Civil Veterinary Department. Madras. Admin. report 1926-33 - 1926-1933
Year: 1926
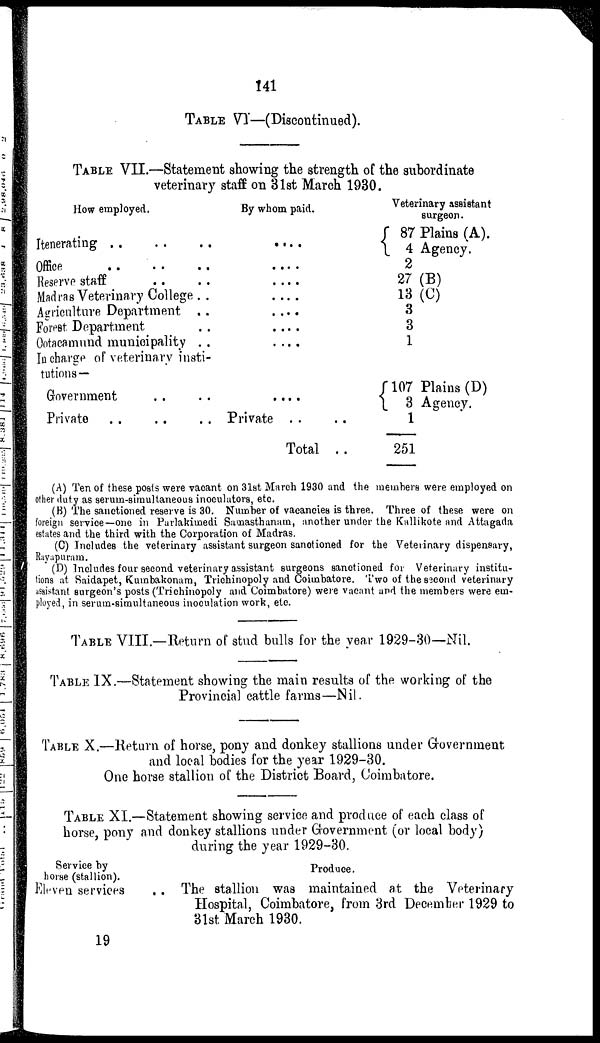
141
TABLE VI—(Discontinued).
TABLE VII.—Statement showing the strength of the subordinate
veterinary staff on 31st March 1930.
How employed.
Itenerating .. .. .. ..
Office
..
..
..
..
Reserve staff .. .. .. ..
Madras Veterinary College . .
Agriculture Department
..
Forest Department ..
Ootacamund municipality . .
In charge of veterinary insti-
tutions —
Government .. ..
Private
..
..
..
..
By whom paid.
.....
.....
.....
....
.....
.....
. .. .
....
Private .. ..
Total ..
Veterinary assistant
surgeon.
87 Plains (A).
4 Agency.
2
27 (B)
13 (C)
3
3
1
107 Plains (D)
3 Agency.
1
251
(A) Ten of these posts were vacant on 31st March 1930 and the members were employed on
other duty as serum-simultaneous inoculators, etc.
(B) The sanctioned reserve is 30. Number of vacancies is three. Three of these were on
foreign service—one in Parlakimedi Samasthanam, another under the Kallikote and Attagada
estates and the third with the Corporation of Madras.
(C) Includes the veterinary assistant surgeon sanctioned for the Veterinary dispensary,
Rayapuram.
(D) Includes four second veterinary assistant surgeons sanctioned for Veterinary institu-
tions at Saidapet, Kumbakonam, Trichinopoly and Coimbatore. Two of the second veterinary
assistant surgeon's posts (Trichinopoly and Coimbatore) were vacant and the members were em-
ployed, in serum-simultaneous inoculation work, etc.
TABLE VIII—Return of stud bulls for the year 1929-30—Nil.
TABLE IX.—Statement showing the main results of the working of the
Provincial cattle farms—Nil.
TABLE X.—Return of horse, pony and donkey stallions under Government
and local bodies for the year 1929-30.
One horse stallion of the District Board, Coimbatore.
TABLE XI.—Statement showing service and produce of each class of
horse, pony and donkey stallions under Government (or local body)
during the year 1929-30.
Service by
horse (stallion).
Eleven services
Produce.
. . The stallion was maintained at the Veterinary
Hospital, Coimbatore, from 3rd December 1929 to
31st March 1930.
19